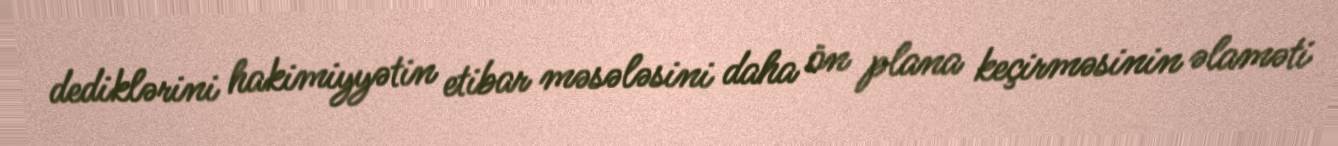
dediklərini hakimiyyətin etibar məsələsini daha ön plana keçirməsinin əlaməti